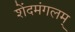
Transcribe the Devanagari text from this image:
शेंदमंगलम्